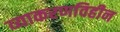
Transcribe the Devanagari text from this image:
व्याकरणविहीन